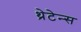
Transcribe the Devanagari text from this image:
थ्रेटेन्स